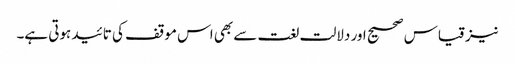
نیز قیاس صحیح اور دلالت لغت سے بھی اس موقف کی تائید ہوتی ہے۔